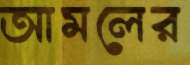
আমলের